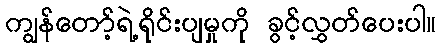
ကျွန်တော့်ရဲ့ရိုင်းပျမှုကို ခွင့်လွှတ်ပေးပါ။